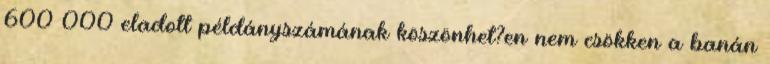
600 000 eladott példányszámának köszönhet?en nem csökken a banán